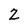
Character: Z